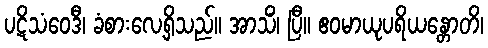
ပဋိသံဝေဒီ၊ ခံစားလေ့ရှိသည်။ အာသိံ၊ ပြီ။ ဧဝမာယုပရိယန္တောတိ၊